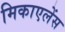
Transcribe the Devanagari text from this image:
मिकाएलेंस